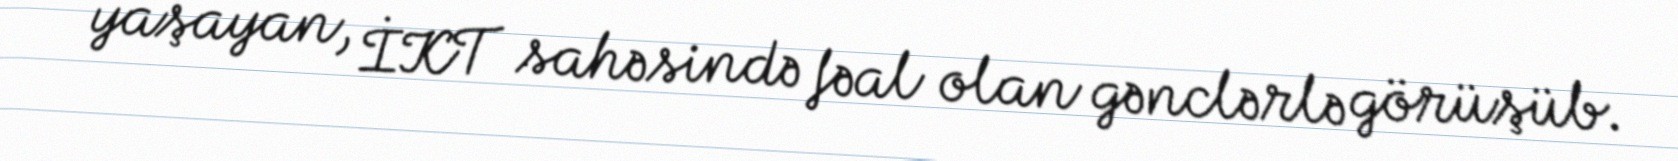
yaşayan, İKT sahəsində fəal olan gənclərlə görüşüb.